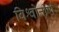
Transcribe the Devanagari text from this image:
विश्वोत्तीर्ण